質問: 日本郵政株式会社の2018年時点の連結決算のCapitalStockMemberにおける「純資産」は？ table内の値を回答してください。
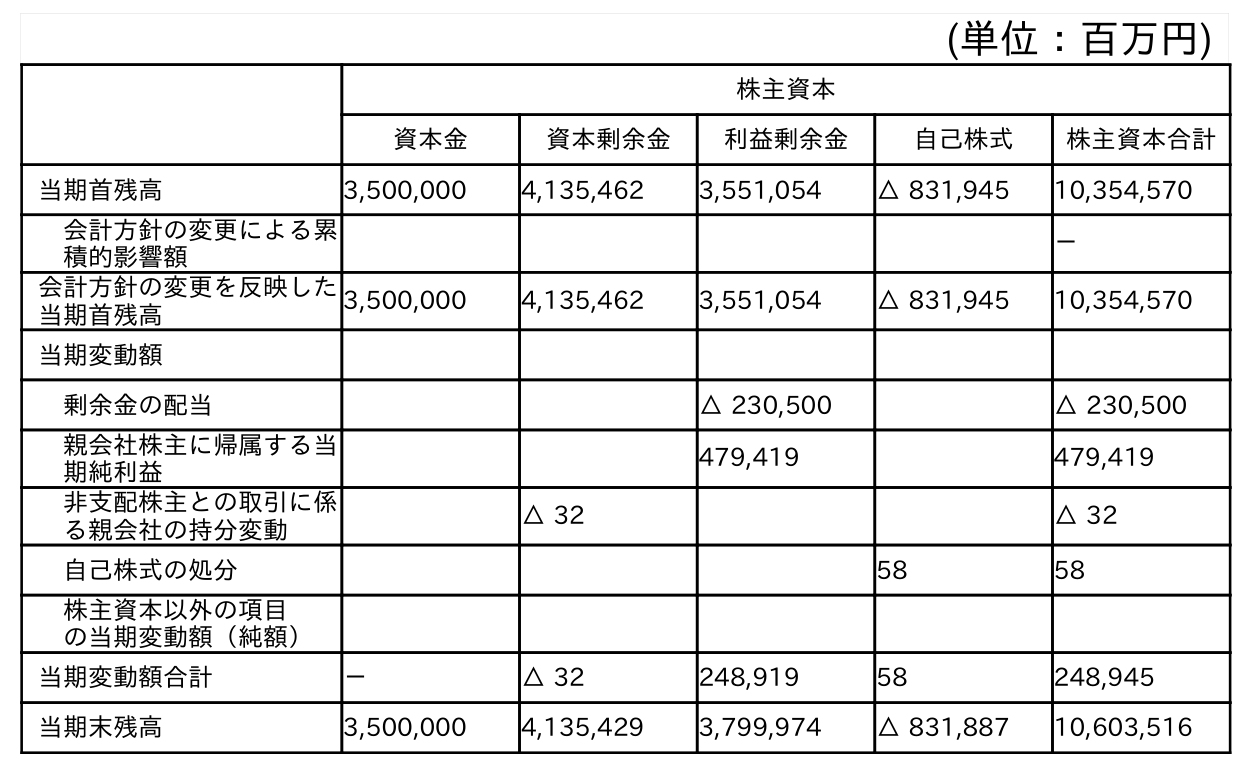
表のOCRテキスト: (単位：百万円) 株主資本 資本金 資本剰余金 利益剰余金 自己株式 株主資本合計 当期首残高 3,500,000 4,135,462 3,551,054 △ 831,945 10,354,570 会計方針の変更による累 積的影響額 － 会計方針の変更を反映した 当期首残高 3,500,000 4,135,462 3,551,054 △ 831,945 10,354,570 当期変動額 剰余金の配当 △ 230,500 △ 230,500 親会社株主に帰属する当 期純利益 479,419 479,419 非支配株主との取引に係 る親会社の持分変動 △ 32 △ 32 自己株式の処分 58 58 株主資本以外の項目 の当期変動額（純額） 当期変動額合計 － △ 32 248,919 58 248,945 当期末残高 3,500,000 4,135,429 3,799,974 △ 831,887 10,603,516
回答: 3,500,000